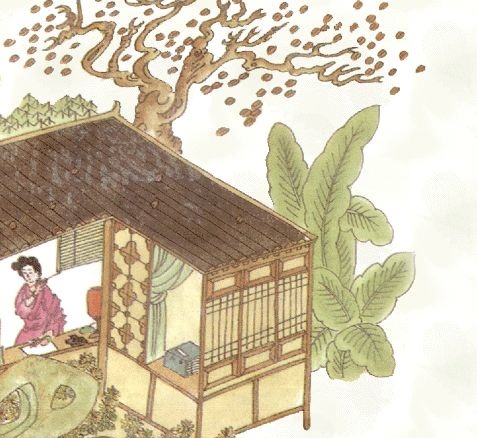
白狼河北音书断，丹凤城南秋夜长。